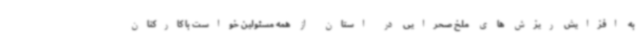
به افزایش ریزش های ملخ صحرایی در استان از همه مسئولین خواست با کارکنان